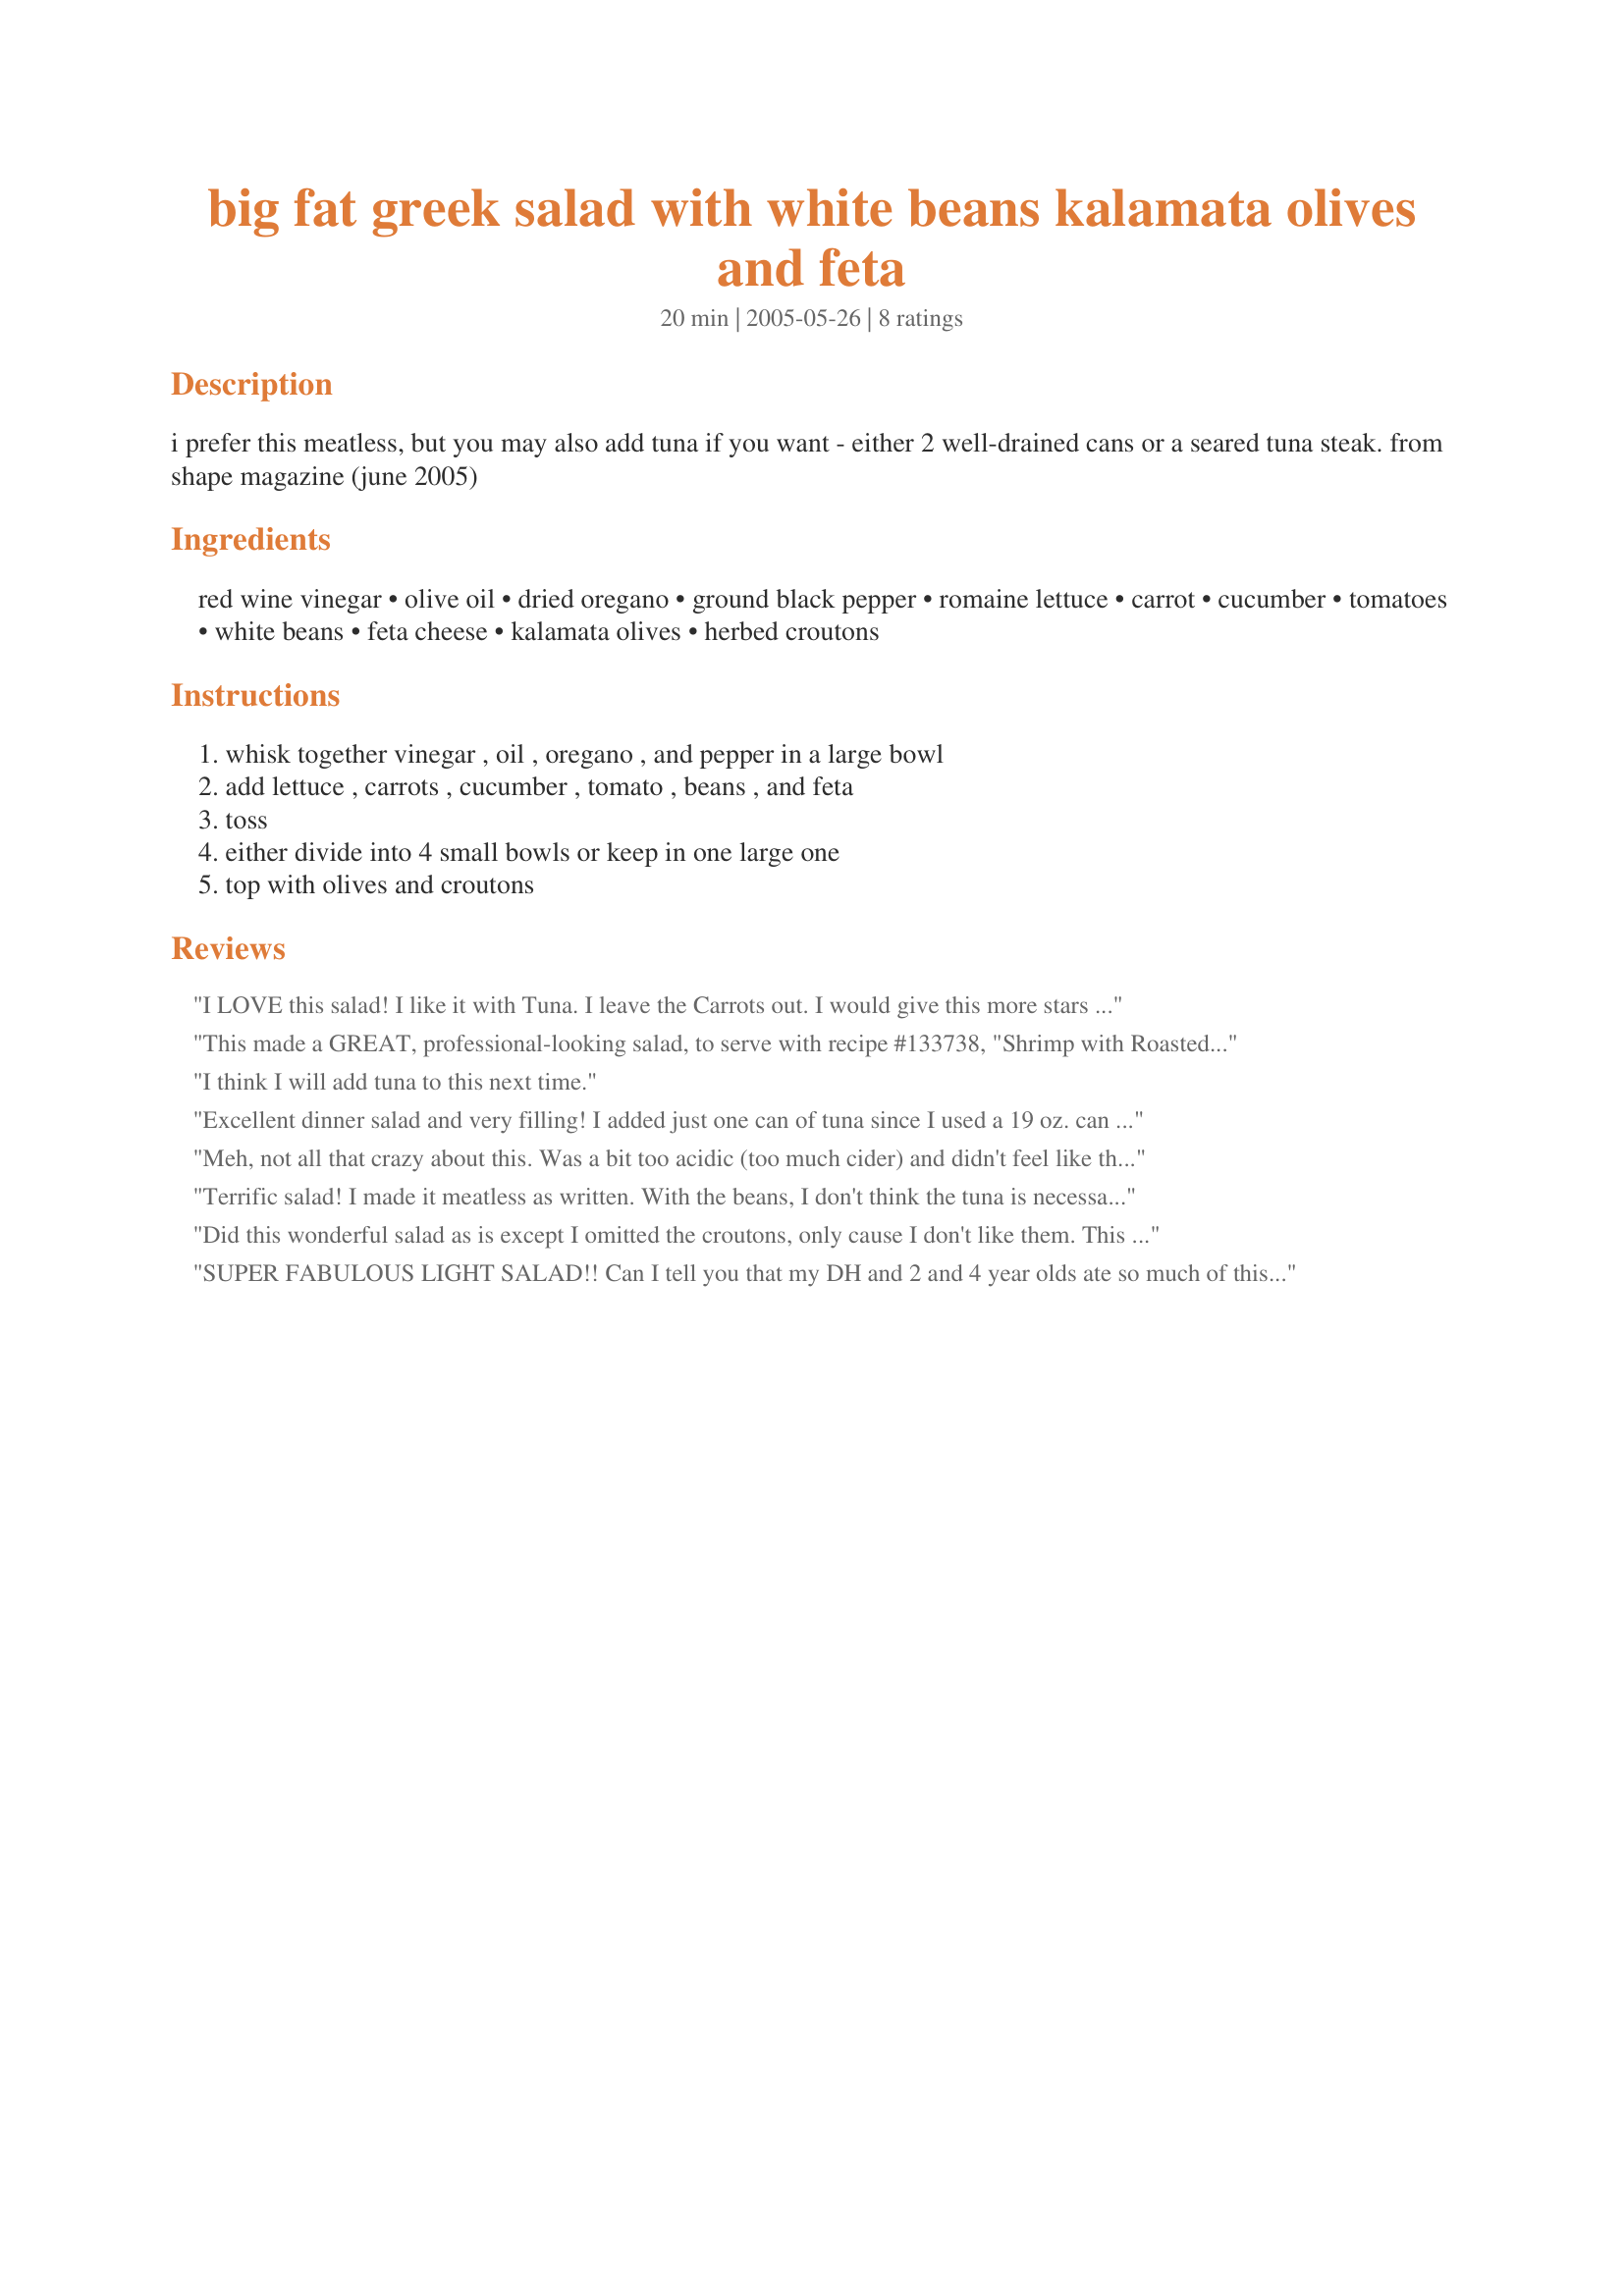
big fat greek salad with white beans kalamata olives and feta
Preparation time: 20 minutes

i prefer this meatless, but you may also add tuna if you want - either 2 well-drained cans or a seared tuna steak. from shape magazine (june 2005)

Ingredients:
red wine vinegar, olive oil, dried oregano, ground black pepper, romaine lettuce, carrot, cucumber, tomatoes, white beans, feta cheese, kalamata olives, herbed croutons

Steps:
whisk together vinegar , oil , oregano , and pepper in a large bowl, add lettuce , carrots , cucumber , tomato , beans , and feta, toss, either divide into 4 small bowls or keep in one large one, top with olives and croutons

Reviews:
I LOVE this salad! I like it with Tuna. I leave the Carrots out. I would give this more stars if I could! Thanks for sharing. :)
This made a GREAT, professional-looking salad, to serve with recipe #133738, "Shrimp with Roasted Red Pepper Cream" ! I did all the chopping early in the day, and just let all the drained ingredients sit together in the frig. At tht last minute, sliced the romaine and added (the almost doubled) dressing. It was colorful, healthy, and VERY tasty. Thanks, kburie, for an addition to my favorite file.
Janey
I think I will add tuna to this next time.
Excellent dinner salad and very filling! I added just one can of tuna since I used a 19 oz. can of white beans. I didn't use any croutons as I'm not a big fan of croutons in salad. It has a nice balance of colours and flavours. I will be enjoying the leftovers for lunch tomorrow. Thanks for sharing!
Meh, not all that crazy about this. Was a bit too acidic (too much cider) and didn't feel like the flavours really mixed. Sorry... :(
Terrific salad! I made it meatless as written. With the beans, I don't think the tuna is necessary. I did add sliced onion, though. Just enough dressing...not oily or heavy. Loved all the flavors together. I'll make this again...thanx!
Did this wonderful salad as is except I omitted the croutons, only cause I don't like them. This salad was really good, I just needed to add a little salt and pepper. Thought it looked really great and colorful. Thanks so much for posting Vino Girl.
SUPER FABULOUS LIGHT SALAD!! Can I tell you that my DH and 2 and 4 year olds ate so much of this salad that they barely ate my dinner tonight???? True! I eyeballed the lettuce amount and followed the rest of the recipe to the letter. The dressing was deelish and the addition of white beans (I used great northern beans) was SUPER!!! VERY filling salad! Very flavorful salad! The feta and kalamata's just sent this over the top! Will definitely make this one regularly. Could eat this as a meal! Thank you for posting this wonderful salad!
